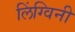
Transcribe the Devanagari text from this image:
लिंग्विनी